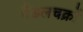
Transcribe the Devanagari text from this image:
पैंडलचक्रों